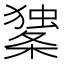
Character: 𰘼